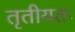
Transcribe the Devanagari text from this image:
तृतीयतः